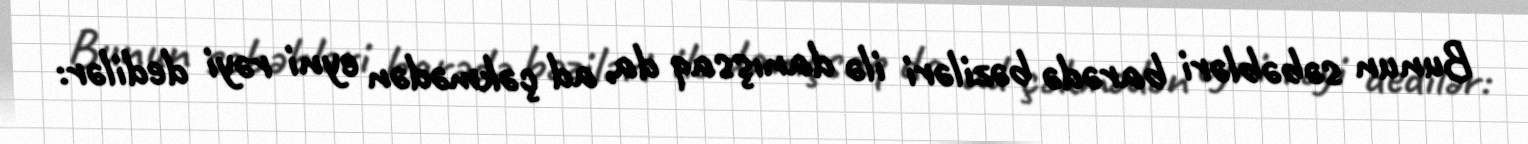
Bunun səbəbləri barədə bəziləri ilə danışsaq da, ad çəkmədən eyni rəyi dedilər: